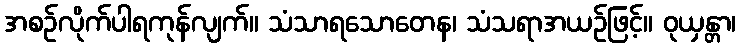
အစဉ်လိုက်ပါရကုန်လျက်။ သံသာရသောတေန၊ သံသရာအယဉ်ဖြင့်။ ဝုယှန္တာ၊